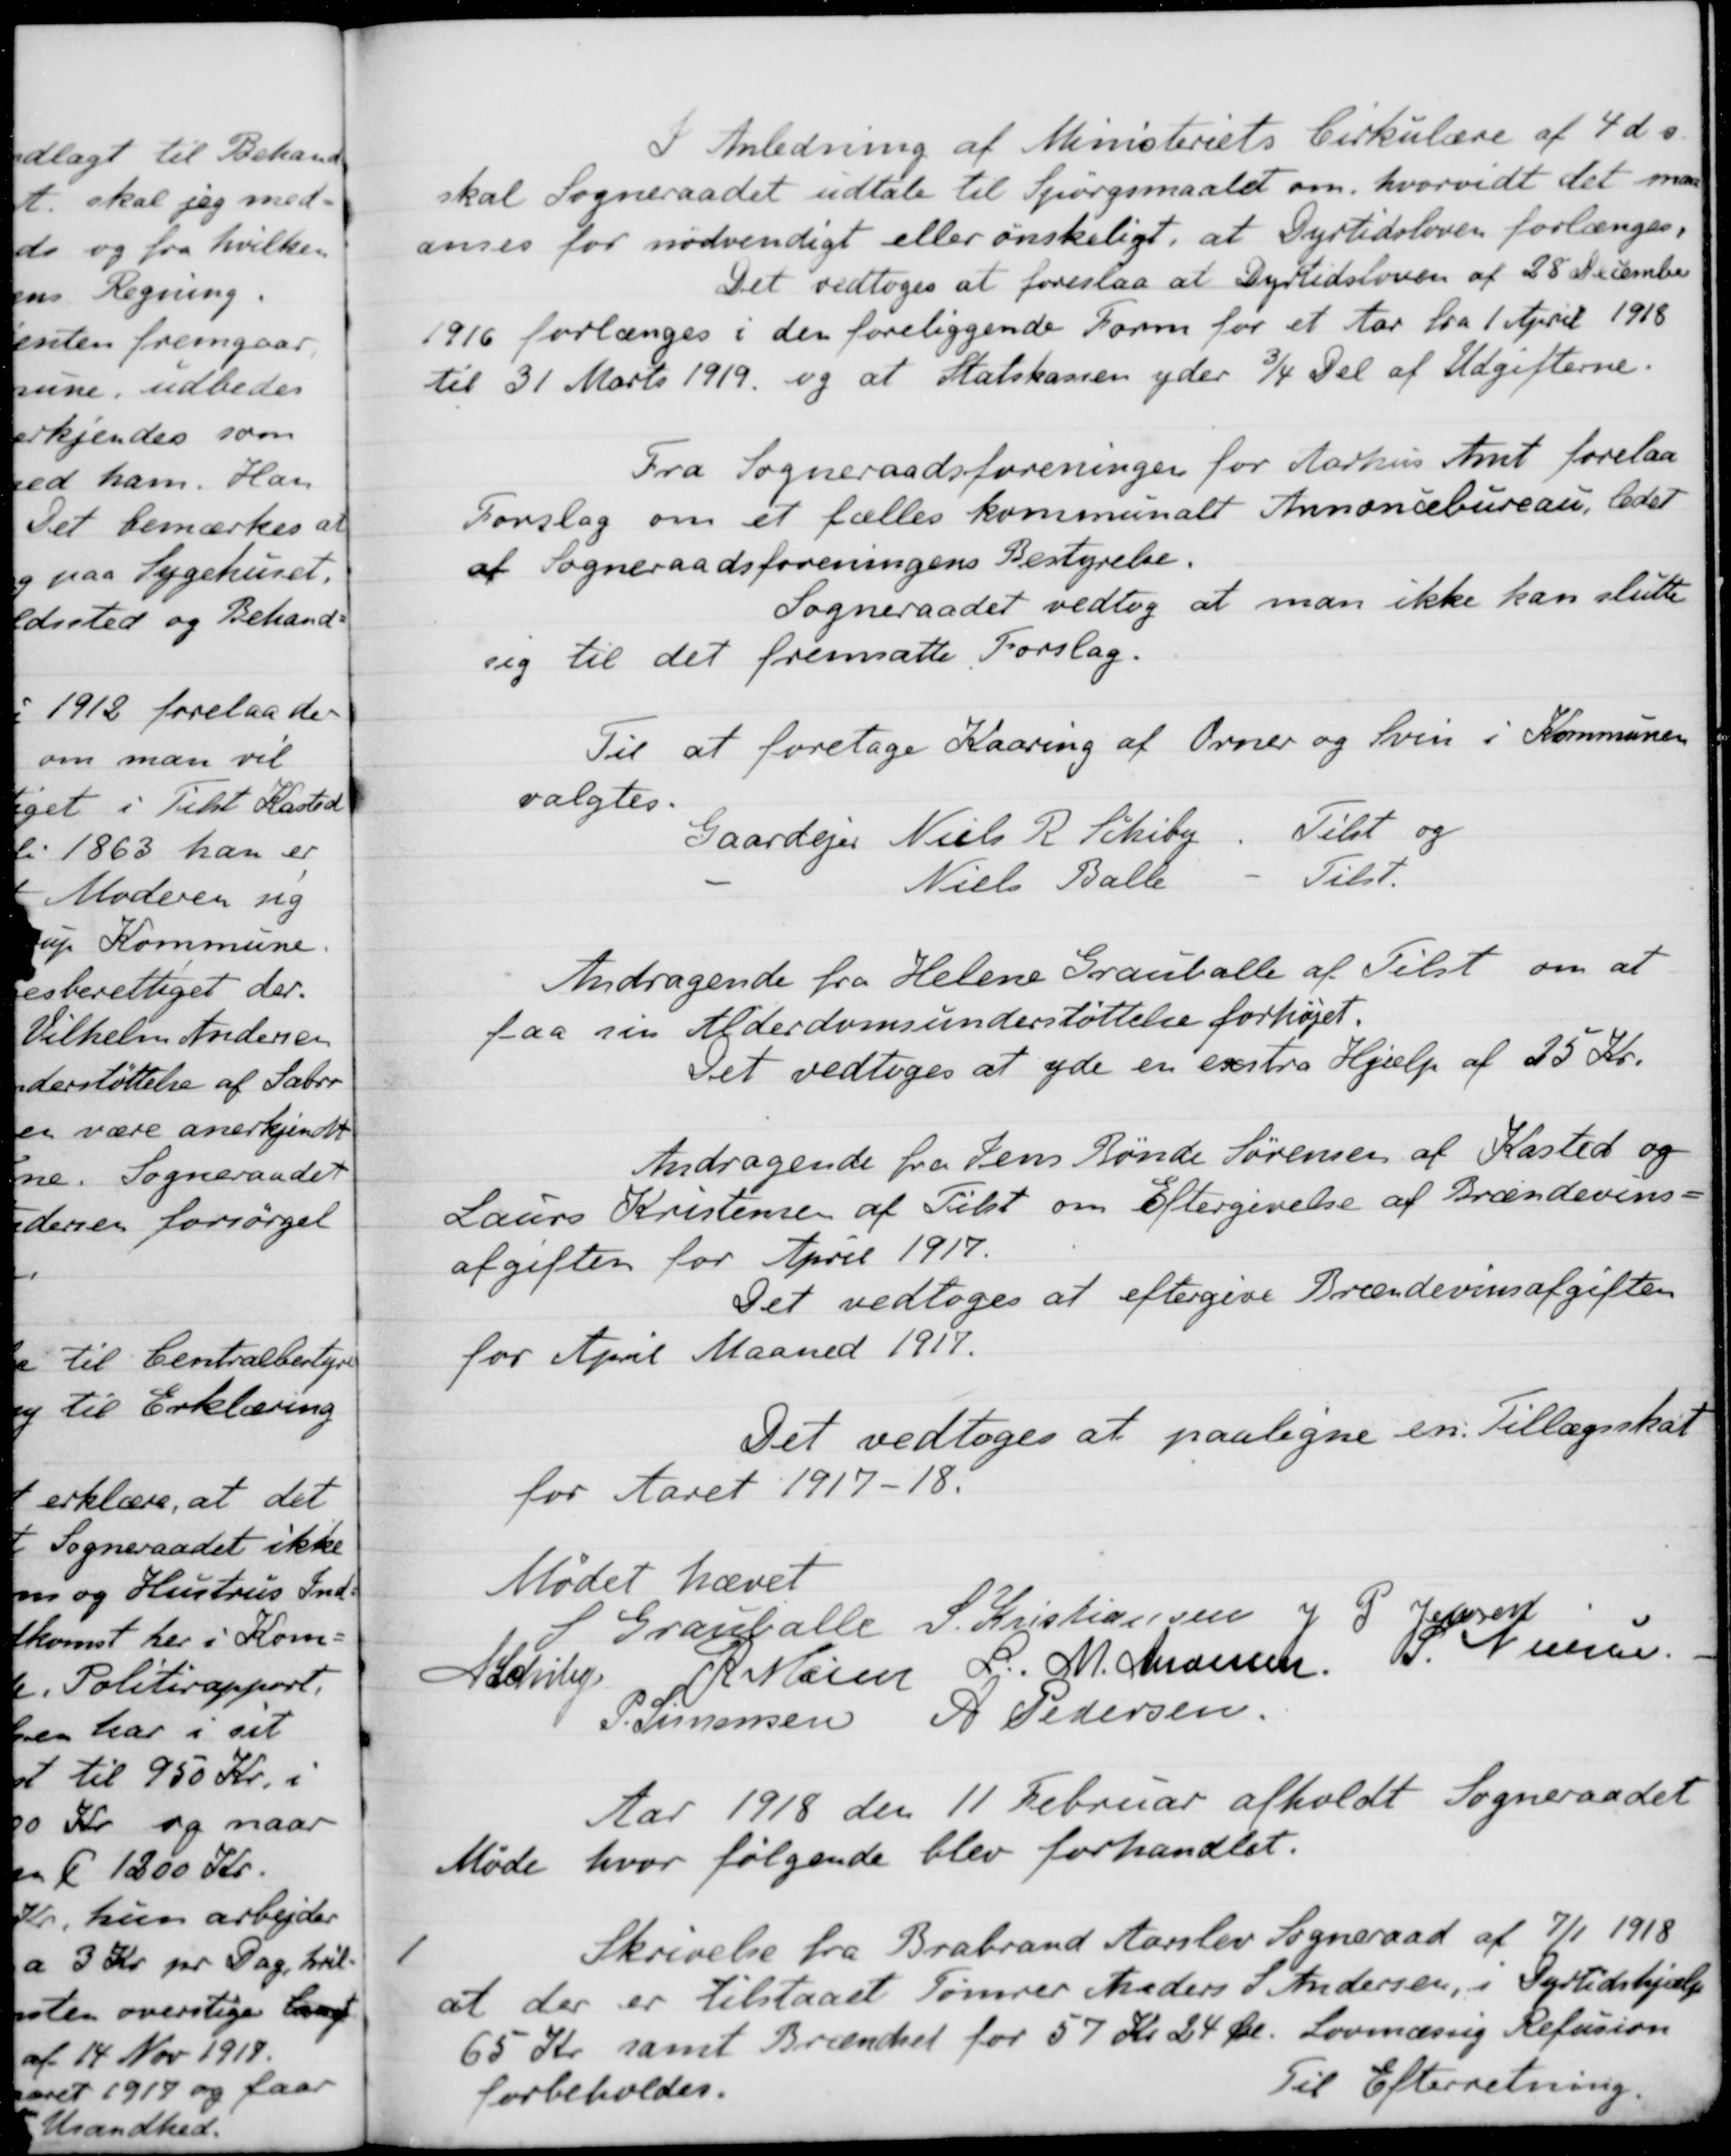
Transskription:
I Anledning af Ministeriets Cirkulære af 4 ds.
skal Sogneraadet udtale til Spørgsmaalet om, hvorvidt det maa
anses for nødvendigt eller ønskeligt, at Dyrtidsloven forlænges,
Det vedtoges at foreslaa at Dyrtidsloven af 28 December
1916 forlænges i den foreliggende Form for et Aar fra 1 April 1918
til 31 Marts 1919 og at Statskassen yder 3/4 Del af Udgifterne.
Fra Sogneraadsforeningen for Aarhus Amt forelaa
Forslag om et fælles kommunalt Annoncebureau, ledet
af Sogneraadsforeningens Bestyrelse.
Sogneraadet vedtog at man ikke kan slutte
sig til det fremsatte Forslag.
Til at foretage Kaaring af Orner og Svin i Kommunen
valgtes.
Gaardejer Niels R. Schiby
Tilst og
Niels Balle
Tilst.
Andragende fra Helene Grauballe af Tilst om at
faa sin Alderdomsunderstøttelse forhøjet.
Det vedtoges at yde en exstra Hjælp af 25 Kr.
Andragende fra Jens Rønde Sørensen af Kasted og
Laurs Kristensen af Tilst om Eftergivelse af Brændevins-
afgifter for April 1917.
Det vedtoges at eftergive Brændevinsafgiften
for April Maaned 1917.
Det vedtoges at paaligne en Tillægsskat
for Aaret 1917-18.
Mødet hævet
S Grauballe
S. Kristiansen
J P Jensen
A Schiby
R Møller
L. M. Andersen
S. Nielsen
S. Simonsen A Pedersen
Aar 1918 den 11 Februar afholdt Sogneraadet
Møde hvor følgende blev forhandlet.
1
Skrivelse fra Brabrand Aarslev Sogneraad af 7/1 1918
at der er tilstaaet Tømrer Anders S Andersen, i Dyrtidshjælp
65 Kr samt Brændsel for 57 Kr 24 Øre. Lovmæssig Refusion
forbeholdes.
Til Efterretning.